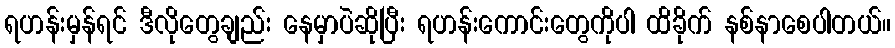
ရဟန်းမှန်ရင် ဒီလိုတွေချည်း နေမှာပဲဆိုပြီး ရဟန်းကောင်းတွေကိုပါ ထိခိုက် နစ်နာစေပါတယ်။